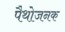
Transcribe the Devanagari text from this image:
पैथोजनक